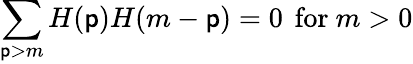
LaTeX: \sum_{\mathsf{p}>m}H(\mathsf{p})H(m-\mathsf{p})=0\, \mathrm{{~for~}}m>0